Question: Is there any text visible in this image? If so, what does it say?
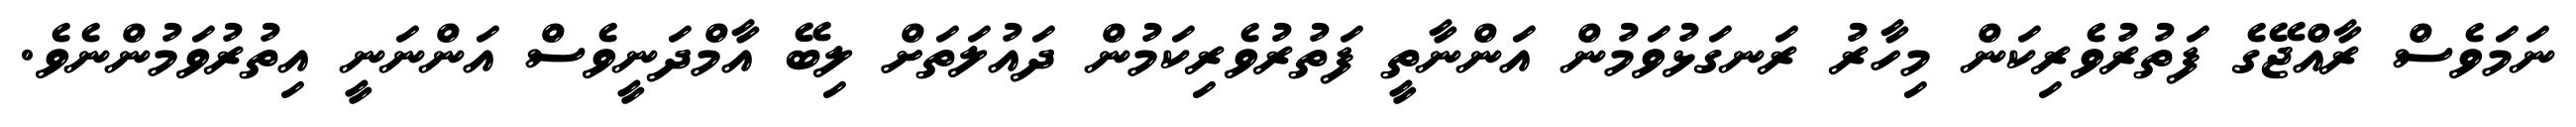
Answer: ނަމަވެސް ރާއްޖޭގެ ފަތުރުވެރިކަން މިހާރު ރަނގަޅުވަމުން އަންނާތީ ފަތުރުވެރިކަމުން ދައުލަތަށް ލިބޭ އާމްދަނީވެސް އަންނަނީ އިތުރުވަމުންނެވެ.